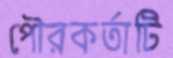
পৌরকর্তাটি